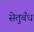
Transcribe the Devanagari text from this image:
सेतुबँध